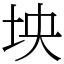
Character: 坱